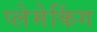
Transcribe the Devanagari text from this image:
प्लेमेकिंग